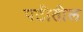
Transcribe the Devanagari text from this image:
पटीतील